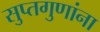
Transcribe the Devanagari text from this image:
सुप्तगुणांना